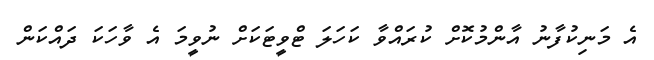
އެ މަނިކުފާނު އާންމުކޮށް ކުރައްވާ ކަހަލަ ޓްވީޓަކަށް ނުވީމަ އެ ވާހަކަ ދައްކަން